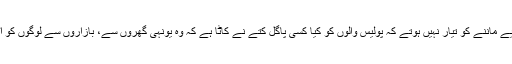
لیکن یہ بات ہم پولیس کےلیے ماننے کو تیار نہیں ہوتے کہ پولیس والوں کو کیا کسی پاگل کتے نے کاٹا ہے کہ وہ یونہی گھروں سے، بازاروں سے لوگوں کو اٹھا کر گولی مار دیتے ہیں۔